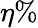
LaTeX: \eta\%